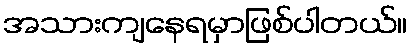
အသားကျနေရမှာဖြစ်ပါတယ်။